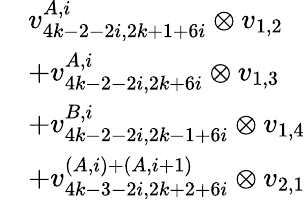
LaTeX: \begin{array}{rl}&{v_{4k-2-2i,2k+1+6i}^{A,i}\otimes v_{1,2}}\\ &{+v_{4k-2-2i,2k+6i}^{A,i}\otimes v_{1,3}}\\ &{+v_{4k-2-2i,2k-1+6i}^{B,i}\otimes v_{1,4}}\\ &{+v_{4k-3-2i,2k+2+6i}^{(A,i)+(A,i+1)}\otimes v_{2,1}}\end{array}